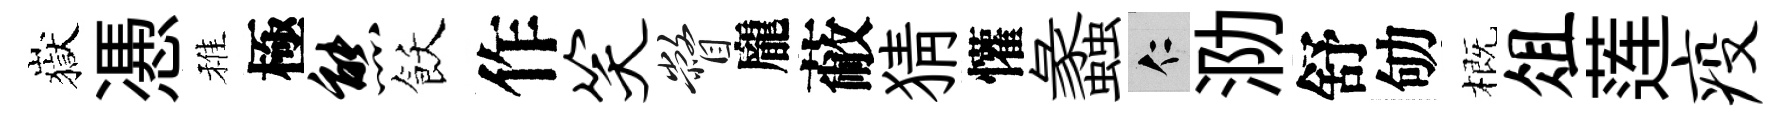
嶽慿稚極熊飫作笑瞥龐蔽猜懽蠡仁泐舒劬概俎莲疫